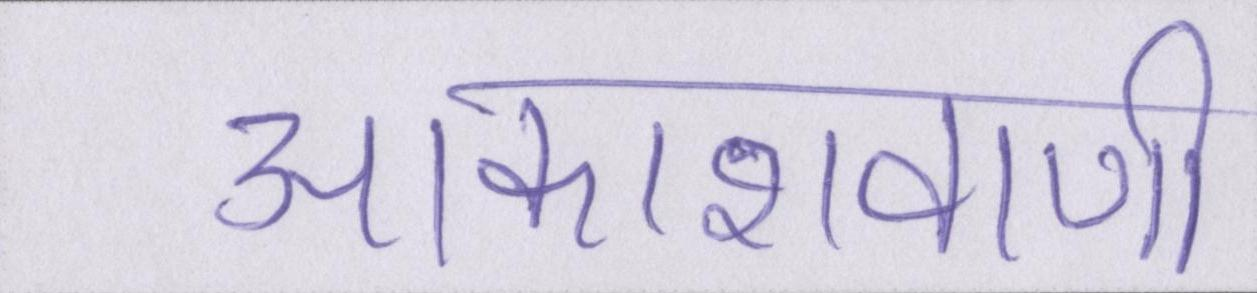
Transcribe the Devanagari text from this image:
आकाशवाणी